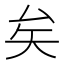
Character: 矣